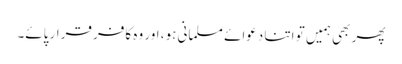
پھر بھی ہمیں تو اتنا دعوائے مسلمانی ہو، اور وہ کافر قرار پائے۔